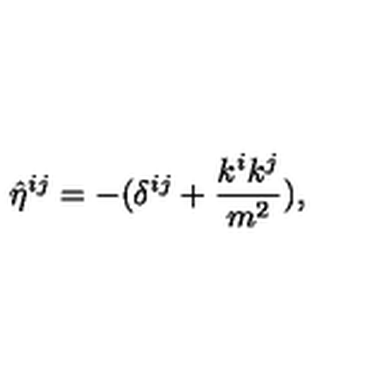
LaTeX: { \hat { \eta } } ^ { i j } = - ( \delta ^ { i j } + { \frac { k ^ { i } k ^ { j } } { m ^ { 2 } } } ) ,